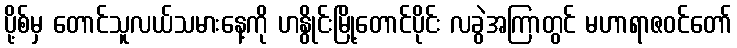
ပို့စ်မှ တောင်သူလယ်သမားနေ့ကို ဟနွိုင်းမြို့တောင်ပိုင်း လခွဲအကြာတွင် မဟာရာဇဝင်တော်